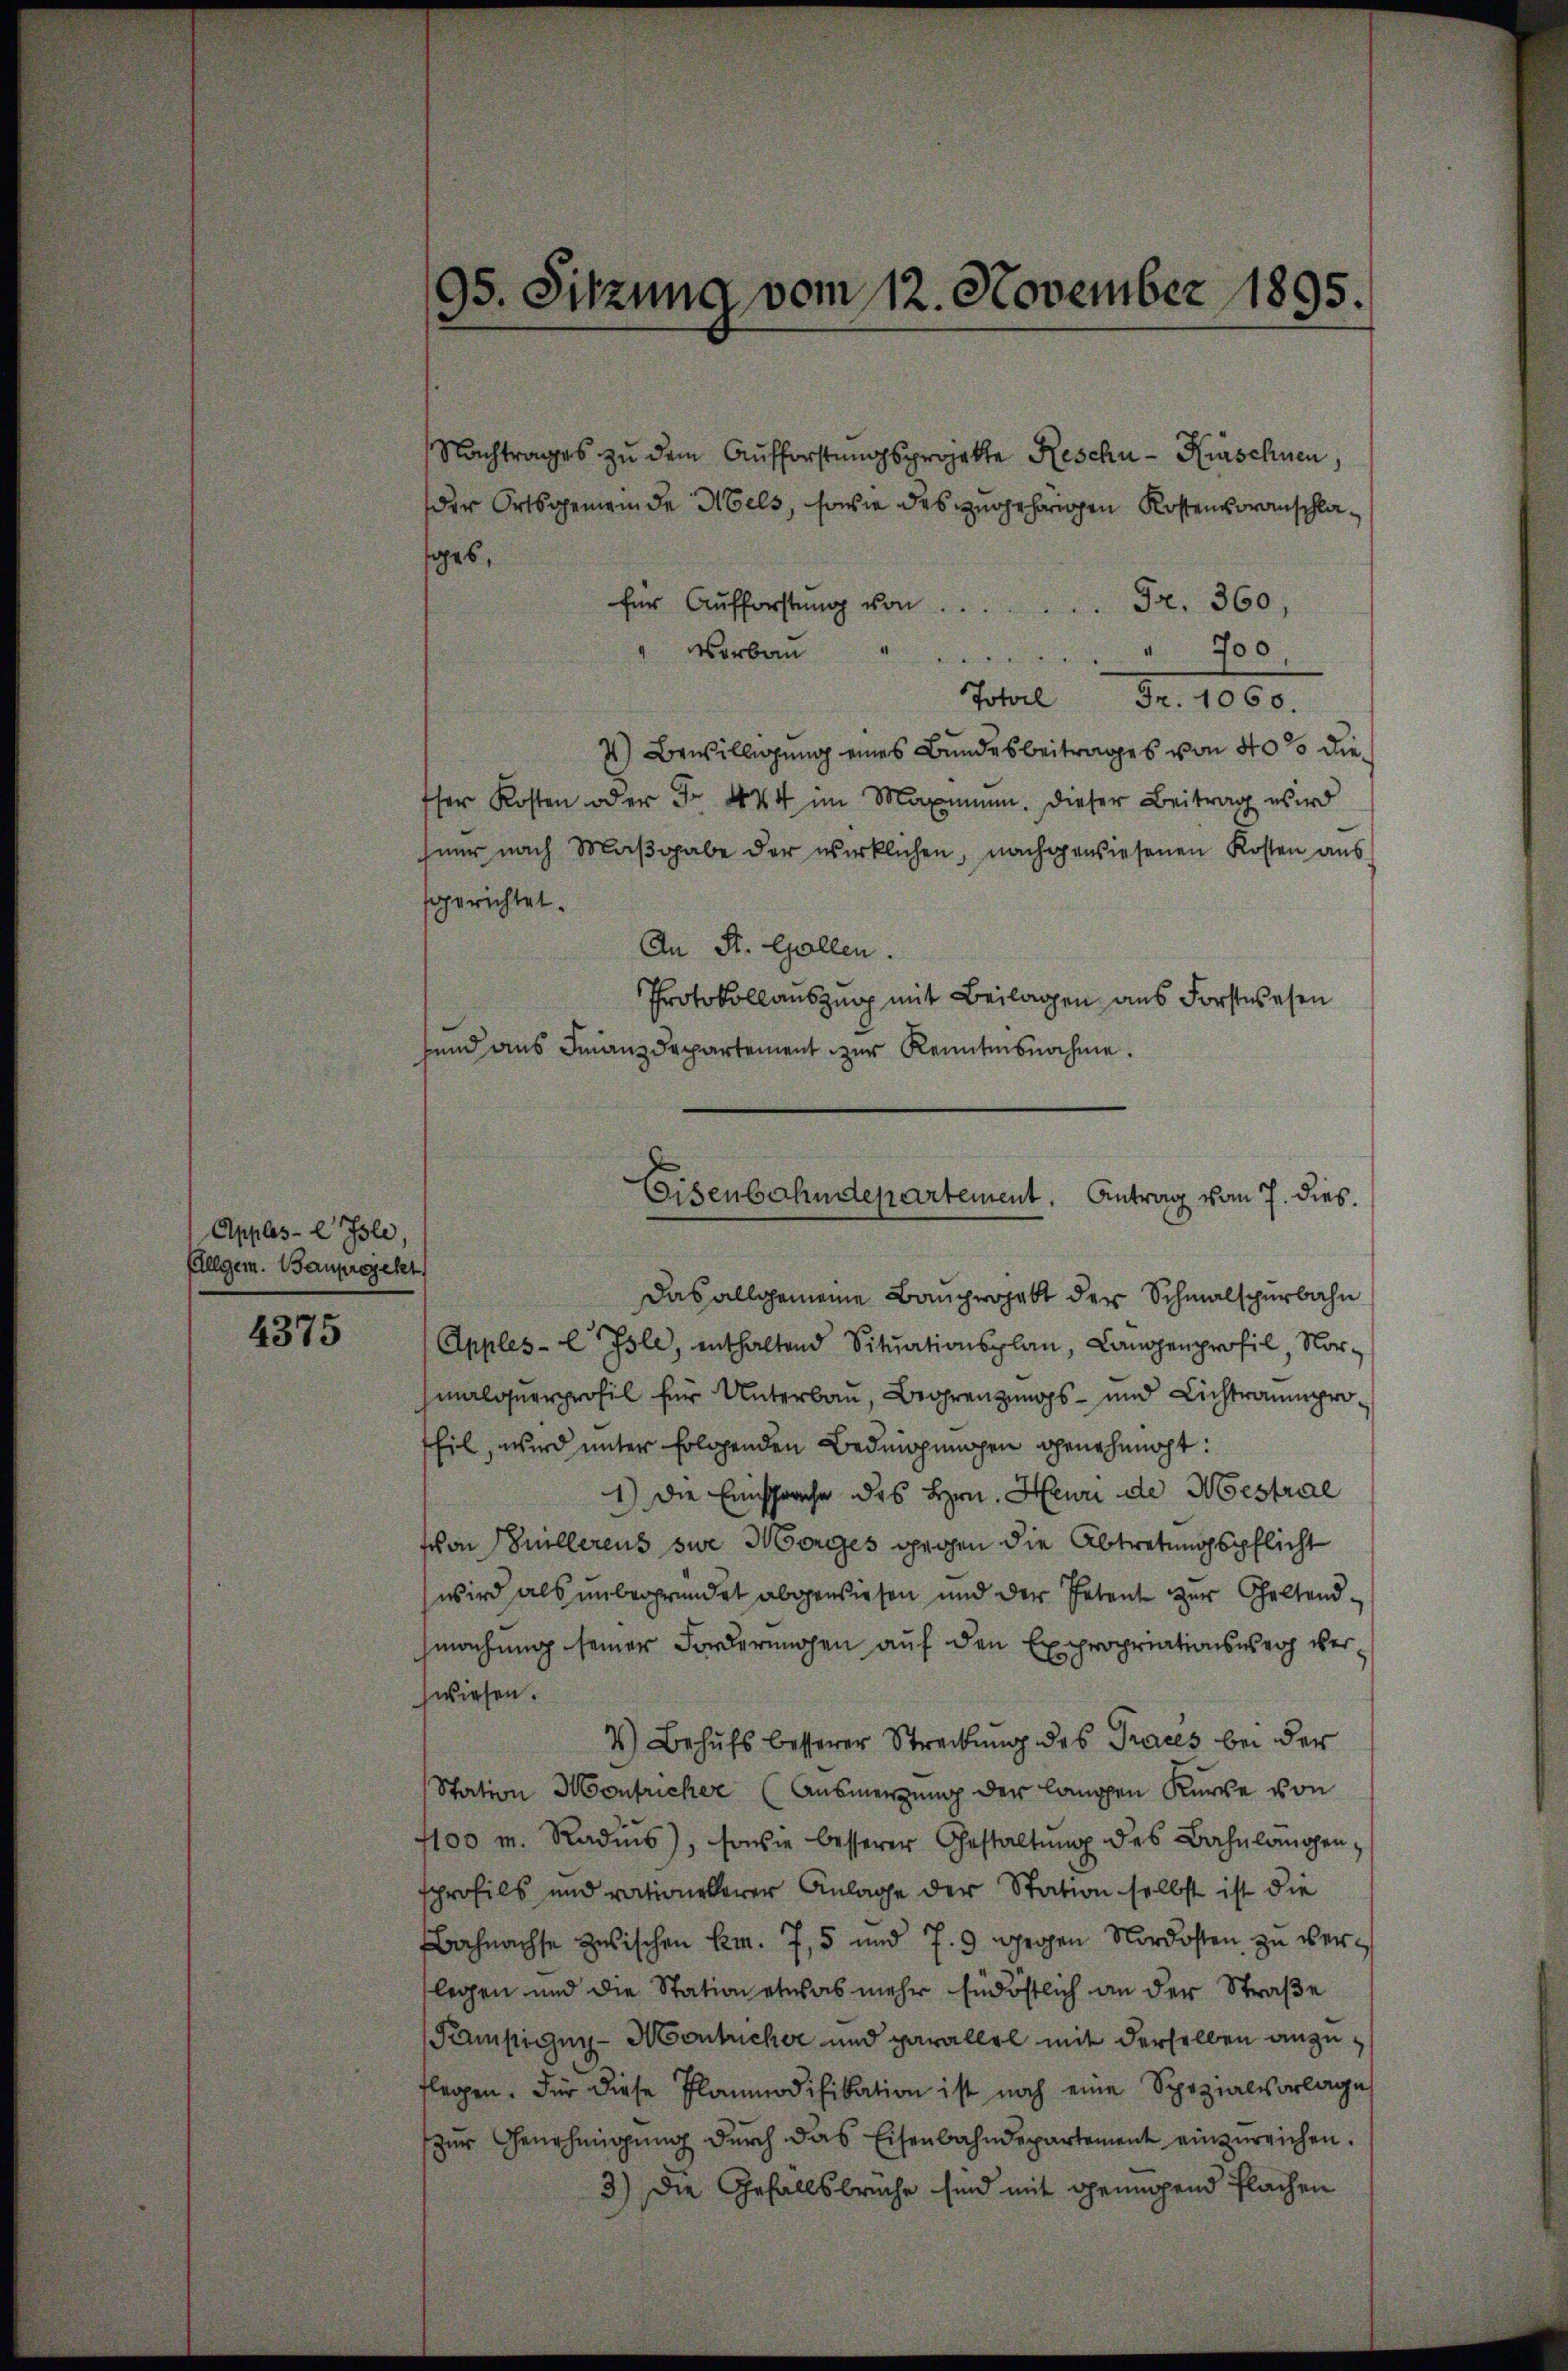
Apples-E Isle,
Allgem. Bauprojekt

4375

95. Sitzung vom 12. November 1895.

Nachtrages zu dem Aufforstungsprojekte Reschn - Hirschnen,
der Ortsgemeinde Mels, sowie des zugehörigen Kostenvoranschlases,
für Aŭfforstŭng von . . ..  ..  Fr. 360,
Verbau " " 700
Total Fr. 1060.
4) Bewilligung eines Bundesbeitrages von 40% diesser Kosten oder Fr. 444 im Maxime. Dieser Beitrag wird
hner nach Maβgabe der wirklichen, nachgewiesenen Kosten aus
sgerichtet.
An St. Gallen.
Protokollauszug mit Beilagen aus Forstwesen
hend aus Finanzdepartement zur Kenntnisnahme.
Das allgemeine Bauprojekt der Schmalscherbahn
Apples-Esle, enthaltend Situationsplan, Langgenprofil, Nor-
malquerprofil für Unterbau, Begrenzungs- und Lichtraumprothil, wird unter Erlösenden Bedingungen genehmigt:
1) Die Einsprache des Hrn. Heure de Mestral
schon Güllerens sie Morges gegen die Abtretungspflicht
wird als unbegründet abgewiesen und der Petent zur Geltendmachung seiner Forderungen auf den Expropriationsweg verzwiesen.
4) Behŭfs besserer Streckung des Traces bei der
Station Montricher (Ausmerung der langen Kirche von
7100 m. Rades), sowie besserer Gestaltŭng des Bahnlängen,
sprofils und rationelerer Anlage der Station selbst ist die
Bahnachse zwischen kam. 7, 5 und 7. 9 gegen Nordosten zu verlegen und die Station etwas mehr südöstlich an der Straße
Tampigny-Montucher und parallel mit derselben anzuflegen. Für diese Flammodifikation ist noch eine Spezialvorlage
zur Genehmigung durch das Eisenbahndepartement einzureichen.
3.) Die Gefällsbruche sind mit genügend Flachen

Eisenbahndepartement. Antrag vom 7. dies.